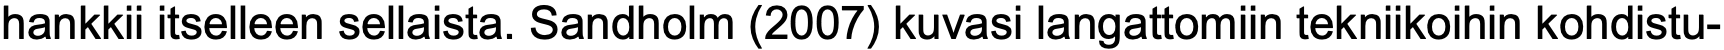
hankkii itselleen sellaista. Sandholm (2007) kuvasi langattomiin tekniikoihin kohdistu-